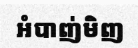
អំបាញ់មិញ